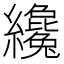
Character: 纔